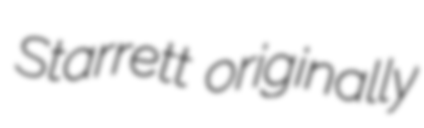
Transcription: Starrett originally